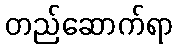
တည်ဆောက်ရာ